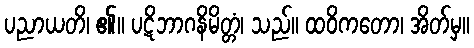
ပညာယတိ၊ ၏။ ပဋိဘာဂနိမိတ္တံ၊ သည်။ ထဝိကတော၊ အိတ်မှ။